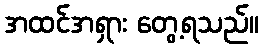
အထင်အရှား တွေ့ရသည်။